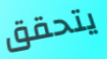
يتحقق